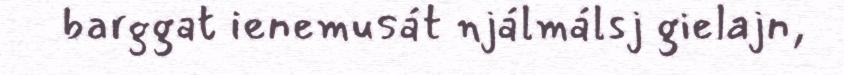
barggat ienemusát njálmálsj gielajn,